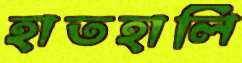
হাতহালি